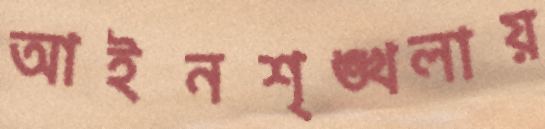
আইনশৃঙ্খলায়